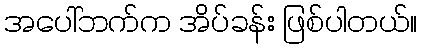
အပေါ်ဘက်က အိပ်ခန်း ဖြစ်ပါတယ်။